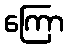
ကြော